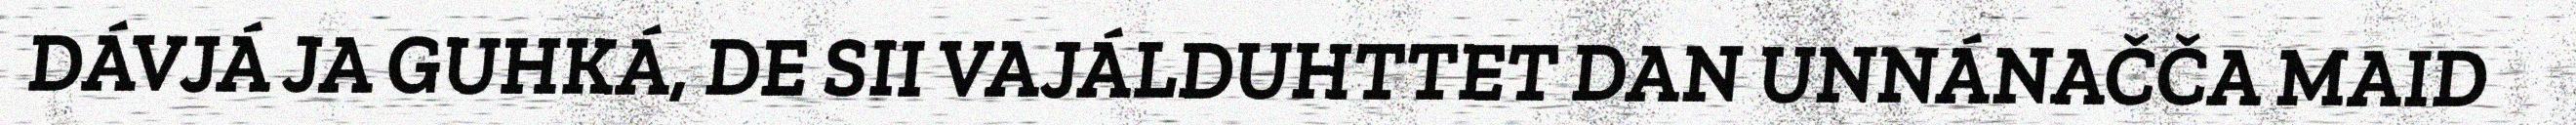
DÁVJÁ JA GUHKÁ, DE SII VAJÁLDUHTTET DAN UNNÁNAČČA MAID